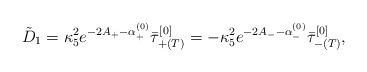
LaTeX: \begin{align*}\tilde{D}_1 = \kappa_5^2e^{-2A_+-\alpha^{(0)}_+}\bar{\tau}_{+(T)}^{[0]} = -\kappa_5^2e^{-2A_--\alpha^{(0)}_-}\bar{\tau}_{-(T)}^{[0]}, \end{align*}